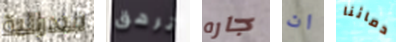
فيدرالية ترهق جاره ان دمائنا